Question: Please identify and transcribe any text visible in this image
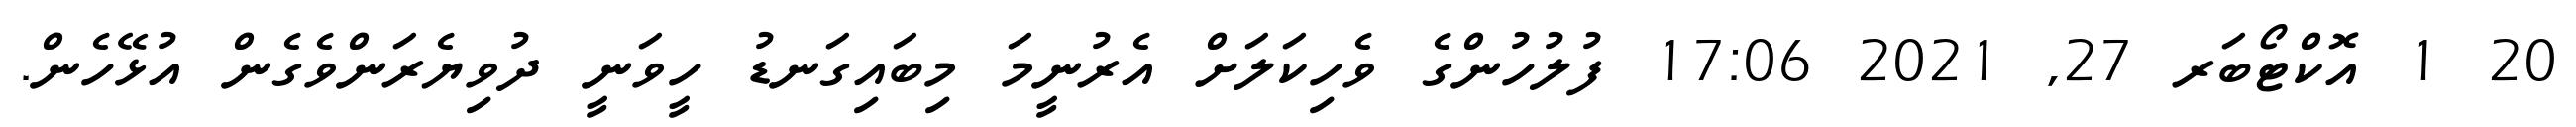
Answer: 20 1 އޮކްޓޯބަރ 27, 2021 17:06 ފުލުހުންގެ ވެހިކަލަށް އެރުނީމަ މިބައިގަނޑު ހީވަނީ ދުވިޔެރަންވެގެން އުޅޭހެން.